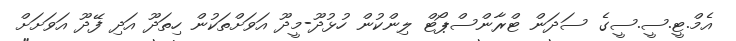
އެމް.ޓީ.ސީ.ސީގެ ސަދަން ޓްރާންސްޕޯޓް ލިންކުން ހުޅުދޫ-މީދޫ އަވަށްތަކުން ހިތަދޫ އަދި ފޭދޫ އަވަށަށް